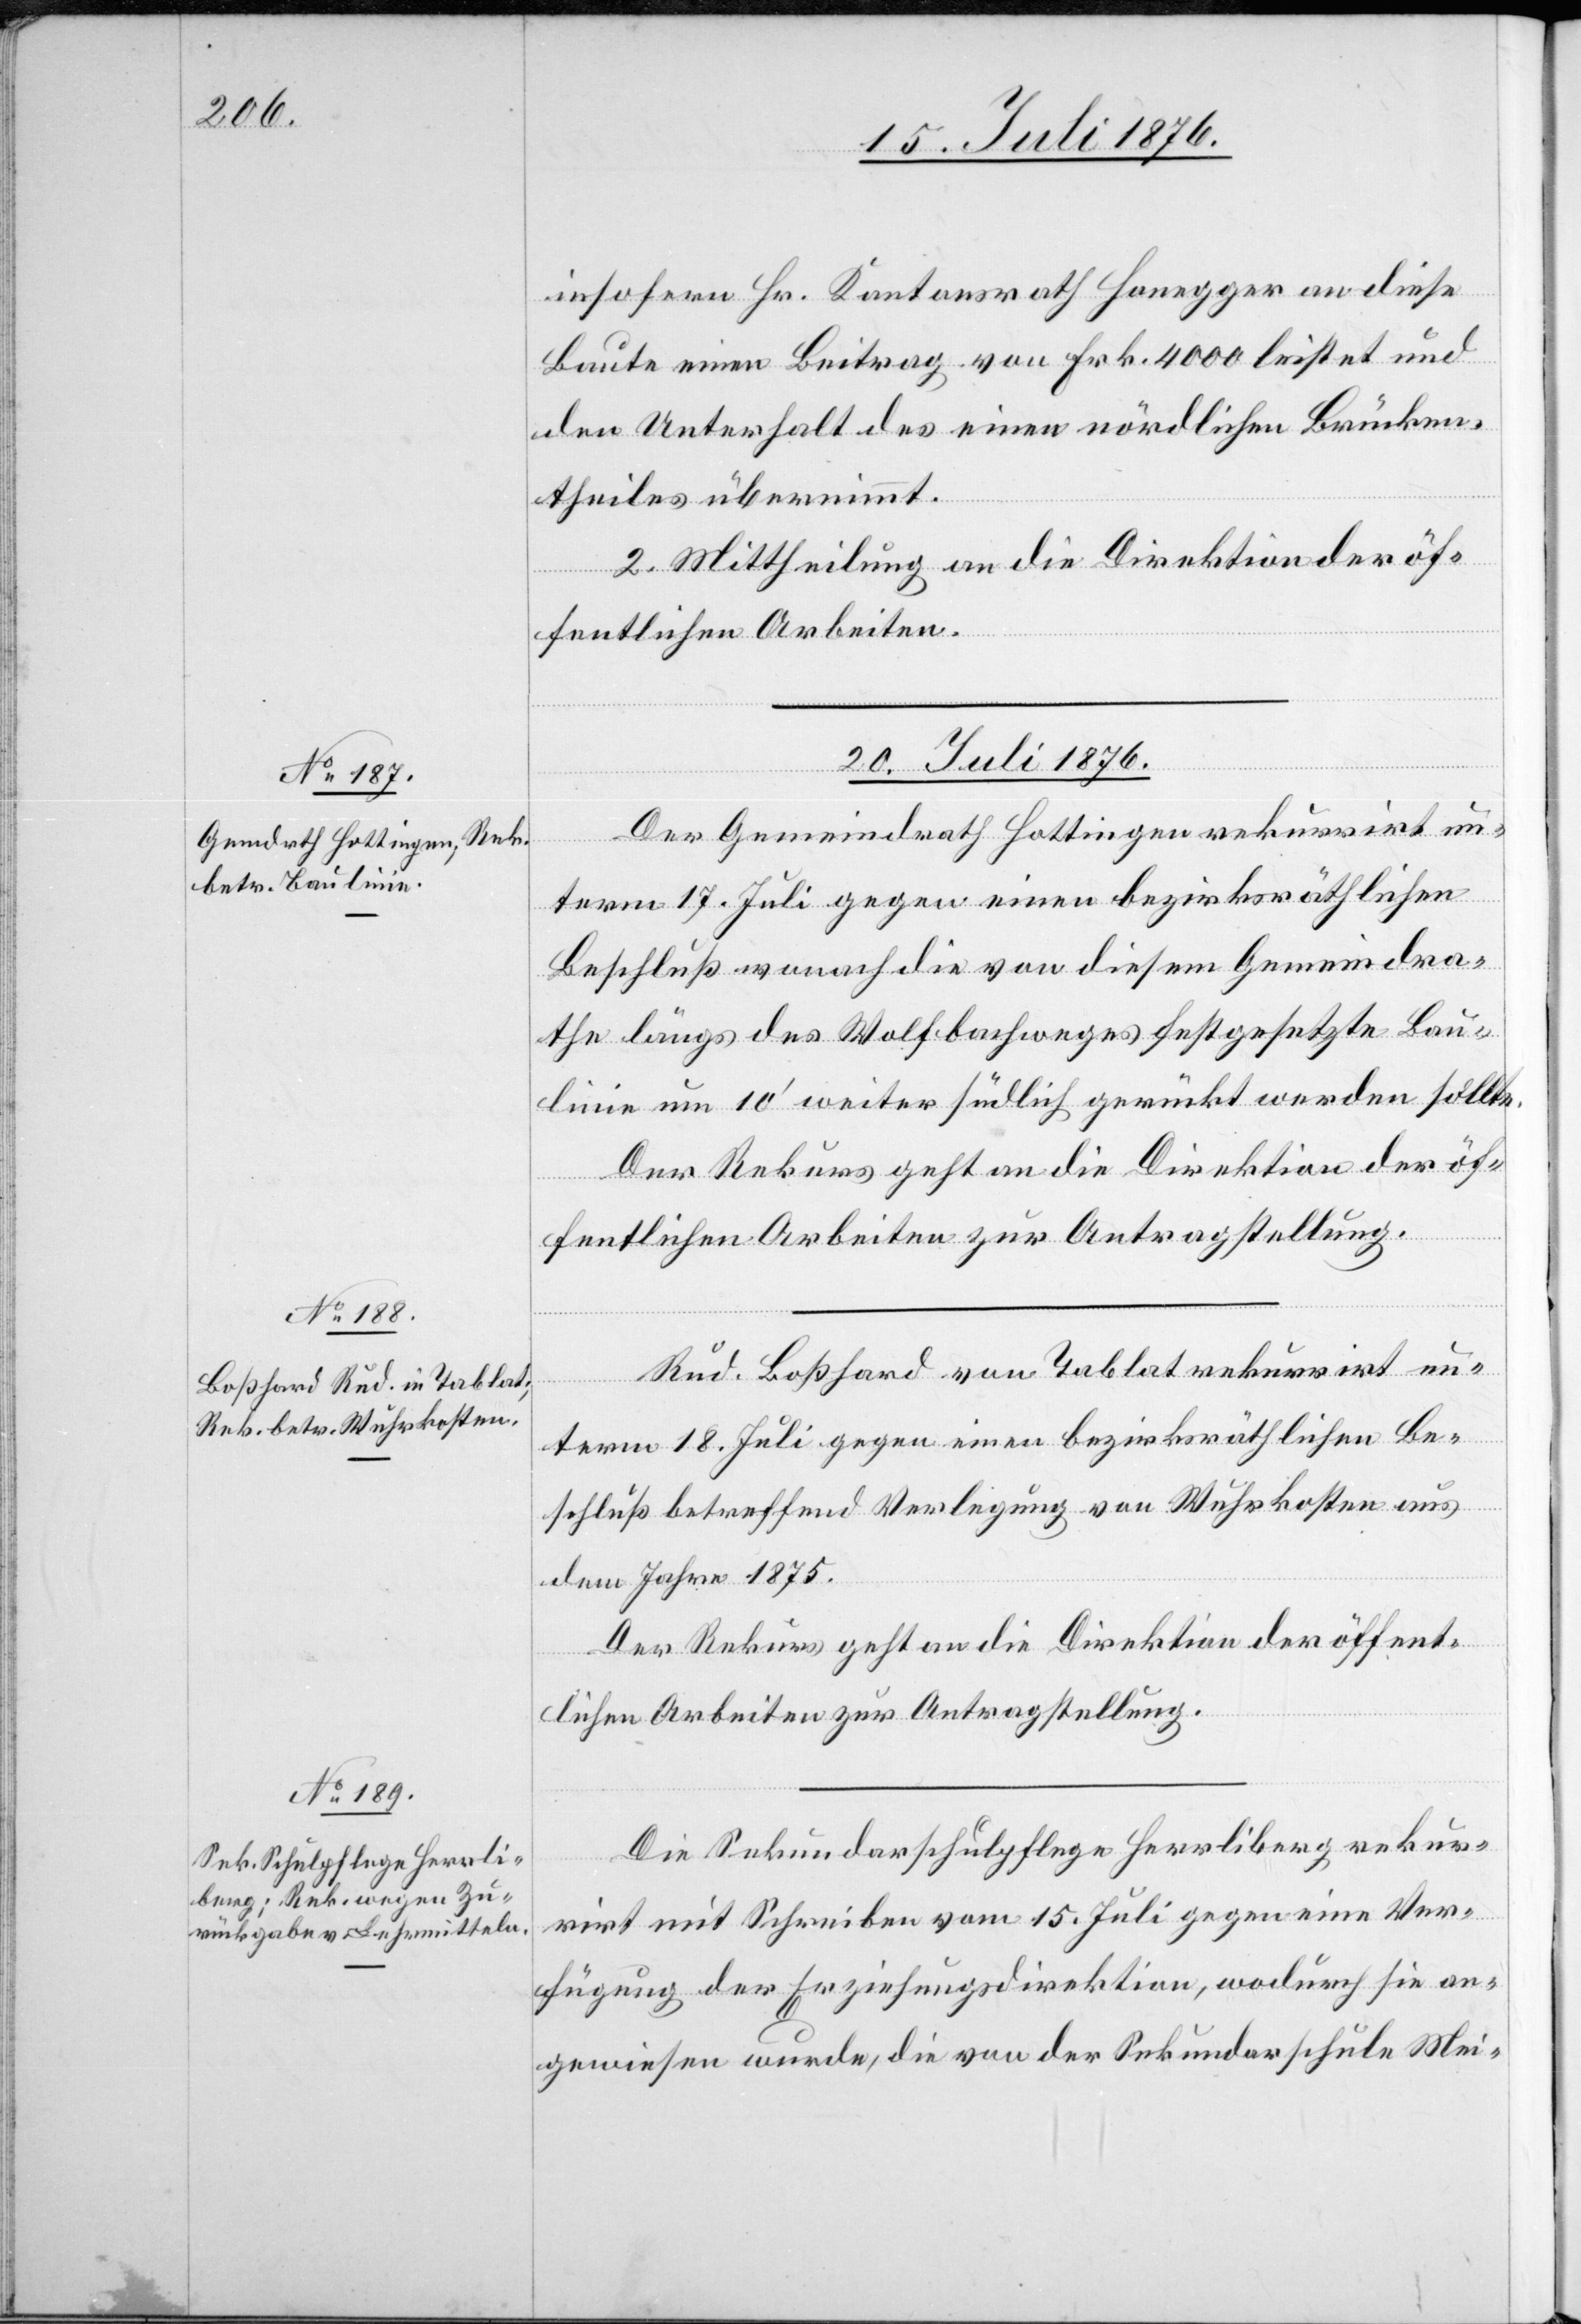
insofern Hr. Kantonsrath Honegger an diese
Baute einen Beitrag von Frk. 4000 leistet und
den Unterhalt des einen nördlichen Brücken¬
theiles übernimmt.
2. Mittheilung an die Direktion der öf¬
fentlichen Arbeiten.
20. Juli 1876.]
Der Gemeindrath Hottingen rekurrirt un¬
term 17. Juli gegen einen bezirksräthlichen
Beschluß wonach die von diesem Gemeindra¬
the längs des Wolfbachweges festgesetzte Bau¬
linie um 10‘ weiter südlich gerückt werden sollte.
Rud. Boßhard von Tablat rekurrirt un¬
term 18. Juli gegen einen bezirksräthlichen Be¬
schluß betreffend Verlegung von Wuhrkosten aus
dem Jahre 1875.
Der Rekurs geht an die Direktion der öffent¬
lichen Arbeiten zur Antragstellung.
Die Sekundarschulpflege Herrliberg rekur¬
rirt mit Schreiben vom 15. Juli gegen eine Ver¬
fügung der Erziehungsdirektion, wodurch sie an¬
gewiesen wurde, die von der Sekundarschule Mei-